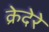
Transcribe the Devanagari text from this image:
क्रेदेरे